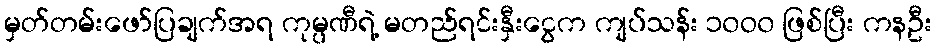
မှတ်တမ်းဖော်ပြချက်အရ ကုမ္ပဏီရဲ့ မတည်ရင်းနှီးငွေက ကျပ်သန်း ၁၀ဝ၀ ဖြစ်ပြီး ကနဦး